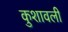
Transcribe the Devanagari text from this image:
कुशावली